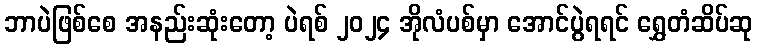
ဘာပဲဖြစ်စေ အနည်းဆုံးတော့ ပဲရစ် ၂၀၂၄ အိုလံပစ်မှာ အောင်ပွဲရရင် ရွှေတံဆိပ်ဆု